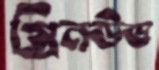
গ্রিনউড